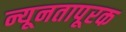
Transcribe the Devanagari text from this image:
न्यूनतापूरक